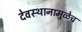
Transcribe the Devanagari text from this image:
देवस्थानामुळेच